Vaccination in the Punjab 1905-1918 - 1905-1918
Year: 1905
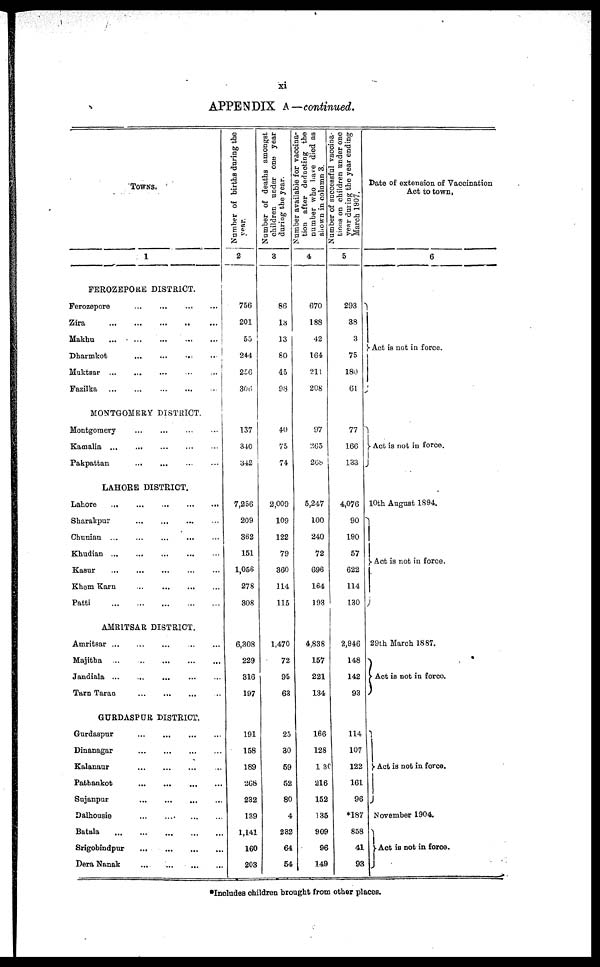
xi
APPENDIX A—continued.
TOWNS.
1
FEROZEPORE DISTRICT.
Ferozepore
...
...
...
...
...
Zira
...
...
...
...
...
...
Makhu
...
...
...
...
...
Dharmkot
...
...
...
...
Muktsar
...
...
...
...
...
Fazilka
...
...
...
...
...
MONTGOMERY DISTRICT
Montgomery
Kamalia
...
...
...
...
Pakpattan
...
...
...
...
...
LAHORE DISTRICT.
Lahore
...
...
...
...
...
Sharakpur ... ... ... ...
Chunian ... ... ... ...
Khudian ... ... ... ...
Kasur
...
...
...
...
...
Khem Karn
...
...
...
...
Patti
...
...
...
...
...
AMRITSAR DISTRICT.
Amritsar ... ... ... ...
Majitha ... ... ... ... ...
Jandiala ... ... ... ... ...
Tarn Taran
...
...
...
...
GURDASPUR DISTRICT.
Gurdaspur
...
...
...
...
Dinanagar ... ... ... ...
Kalanaur
...
...
...
...
Pathankot
...
...
...
...
Sujanpur
...
...
...
...
Dalhousie ... ... ... ...
Batala
...
...
...
...
Srigobindpur
...
...
...
...
Dera Nanak
...
...
...
...
Number of births during the
2
756
201
55
244
256
306
137
340
342
7,256
209
362
151
1,056
278
308
6,308
229
316
197
191
158
189
268
232
139
1,141
160
203
Number of deaths amongst
children under one year
during the year.
3
86
13
13
80
45
93
40
75
74
2,009
109
122
79
360
114
115
1,470
72
95
63
25
30
59
52
80
4
232
64
54
Number available for vaccina-
tion after deducting the
number who have died as
shown in column 3.
4
670
188
42
164
211
208
97
265
268
5,247
100
240
72
696
164
193
4,838
157
221
134
166
128
130
216
152
135
909
96
149
Number of successful vaccina-
tions on children under one
year during the year ending
March 1907.
5
293
38
3
75
180
61
77
166
133
4,076
90
190
57
622
114
130
2,946
148
142
93
114
107
122
161
96
*187
858
41
93
Date of extension of Vaccination
Act to town.
6
Act is not in force.
Act is not in force.
10th August 1894
Act is not in force.
29th March 1887.
Act is not in force.
Act is not in force.
November 1904.
Act is not in force.
Includes children brought from other places.